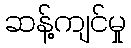
ဆန့်ကျင်မှု